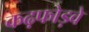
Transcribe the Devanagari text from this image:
कढ़फोड़वे